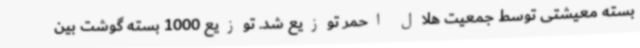
بسته معیشتی توسط جمعیت هلال احمر توزیع شد. توزیع 1000 بسته گوشت بین